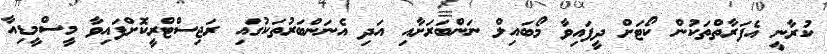
ކުރާނީ އެފަރާތްތަކުން ކޯޓަށް ދީފައިވާ މޯބައިލް ނަންބަރަށާއި އަދި އެނަންބަރުތަކުގައި ރަޖިސްޓްރީކޮށްފައިވާ މީސްމީޑިއާ